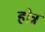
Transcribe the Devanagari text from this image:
होन्न